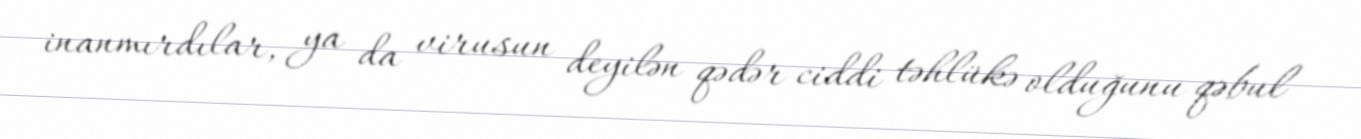
inanmırdılar, ya da virusun deyilən qədər ciddi təhlükə olduğunu qəbul